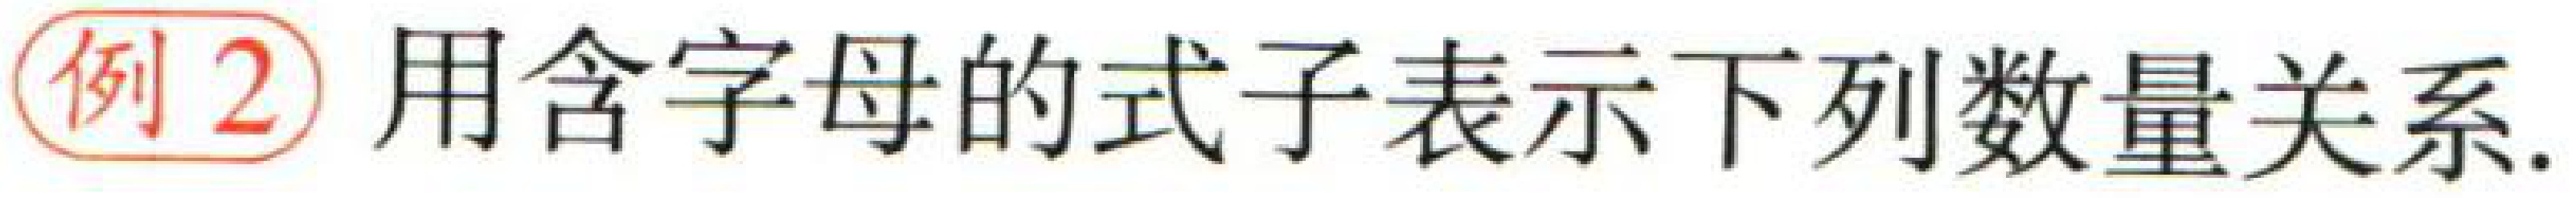
例2 用含字母的式子表示下列数量关系.